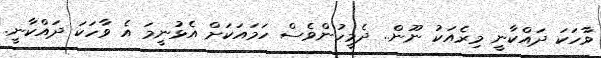
ވާހަކަ ދައްކާނީ މިރެއަކު ނޫން.. ދެމީހުންވެސް ހަމައަކަށް އެޅުނީމަ އެ ވާހަކަ ދައްކާނީ.